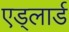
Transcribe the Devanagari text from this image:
एड्लार्ड